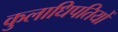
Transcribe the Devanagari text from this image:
कुलाधिपतियों